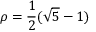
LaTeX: \rho = { \frac { 1 } { 2 } } ( { \sqrt { 5 } } - 1 )